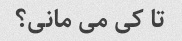
تا کی می مانی؟